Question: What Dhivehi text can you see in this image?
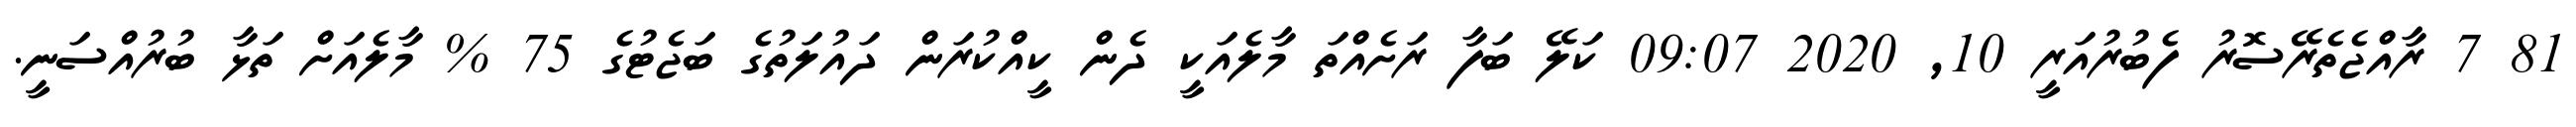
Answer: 81 7 ރާއްޖެތެރޭސޮރު ފެބުރުއަރީ 10, 2020 09:07 ކަލޭ ބަފާ ރަށެއްތަ މާލެއަކީ ދެން ކީއްކުރަން ދައުލަތުގެ ބަޖެޓުގެ 75 % މާލެއަށް ތަޅާ ބުރުއްސަނީ.